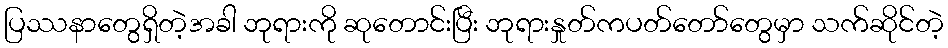
ပြဿနာတွေရှိတဲ့အခါ ဘုရားကို ဆုတောင်းပြီး ဘုရားနှုတ်ကပတ်တော်တွေမှာ သက်ဆိုင်တဲ့